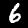
Label: 6